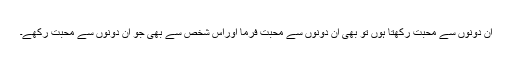
ان دونوں سے محبت رکھتا ہوں تو بھی ان دونوں سے محبت فرما اوراس شخص سے بھی جو ان دونوں سے محبت رکھے۔